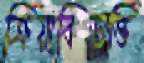
ক্রিয়াবিভক্তি